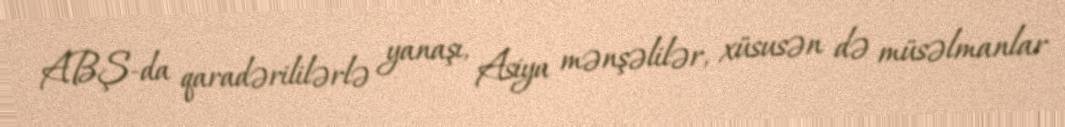
ABŞ-da qaradərililərlə yanaşı, Asiya mənşəlilər, xüsusən də müsəlmanlar